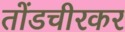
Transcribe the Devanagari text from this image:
तोंडचीरकर